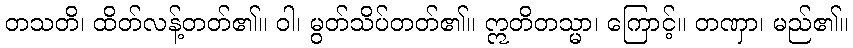
တသတိ၊ ထိတ်လန့်တတ်၏။ ဝါ၊ မွတ်သိပ်တတ်၏။ ဣတိတသ္မာ၊ ကြောင့်။ တဏှာ၊ မည်၏။